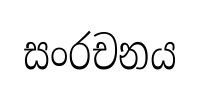
සංරචනය